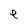
Character: e